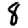
Digit: 8